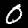
Label: 0